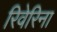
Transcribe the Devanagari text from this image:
रिवेरिना